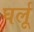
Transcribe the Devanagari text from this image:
घर्लू